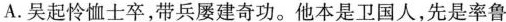
A．吴起怜恤士卒，带兵屡建奇功。他本是卫国人，先是率鲁